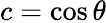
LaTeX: c=\cos\theta